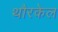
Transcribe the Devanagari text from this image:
थौरकेल